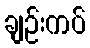
ချဉ်းကပ်